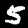
Digit: 5